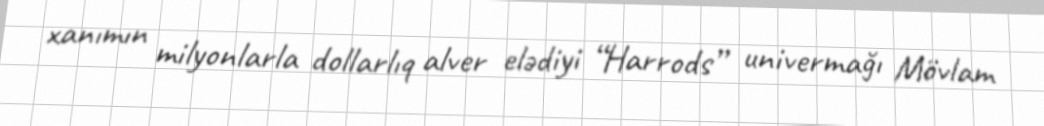
xanımın milyonlarla dollarlıq alver elədiyi “Harrods” univermağı Mövlam